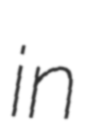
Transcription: in